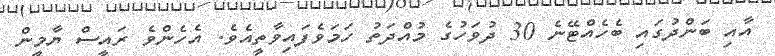
އާއި ބަންދުގައި ބެހެއްޓޭނެ 30 ދުވަހުގެ މުއްދަތު ހަމަވެފައިވާތީއެވެ. އެހެންވެ ރައީސް ޔާމީން